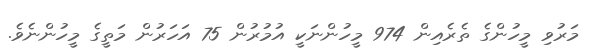
މަރުވި މީހުންގެ ތެރެއިން 974 މީހުންނަކީ އުމުރުން 75 އަހަރުން މަތީގެ މީހުންނެވެ.